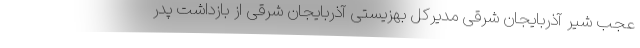
عجب شیر آذربایجان شرقی مدیرکل بهزیستی آذربایجان شرقی از بازداشت پدر